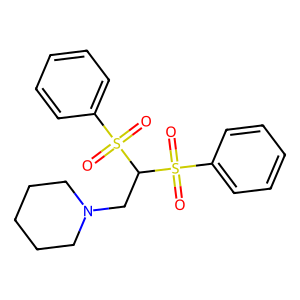
SMILES: O=S(=O)(c1ccccc1)C(CN1CCCCC1)S(=O)(=O)c1ccccc1
Inhibits HIV replication: No